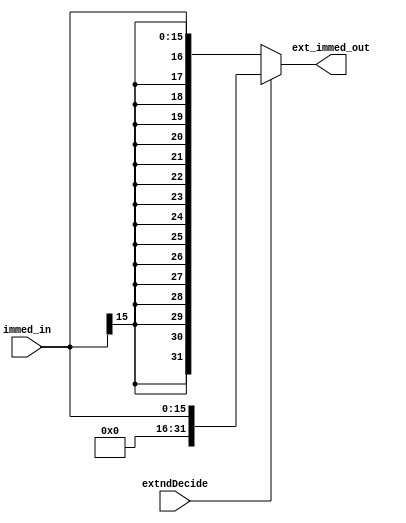
/*
	Title: Sign Extend
	Author: Selene (Computer System and Architecture Lab, ICE, CYCU)
	
	Input Port
		1. immed_in: Jsign extend
	Output Port
		1. ext_immed_out: Xwsign extend
*/
module sign_extend( immed_in, ext_immed_out, extndDecide );
	input[15:0] immed_in;
	input extndDecide ; // P_OOandi     , andientndDecideO1
	output[31:0] ext_immed_out;
	assign ext_immed_out = extndDecide ? { {16{1'b0}}, immed_in } : { {16{immed_in[15]}}, immed_in };
endmodule